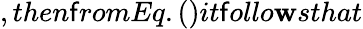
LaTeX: ,then\mathsf{f}romEq.()it\mathsf{f}ollo\mathbf{w}sthat